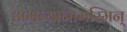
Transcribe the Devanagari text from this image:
अभव्यानामस्मिन्